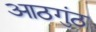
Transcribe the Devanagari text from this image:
आठगुंठ